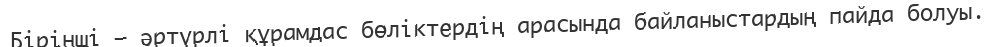
Бірінші — әртүрлі құрамдас бөліктердің арасында байланыстардың пайда болуы.